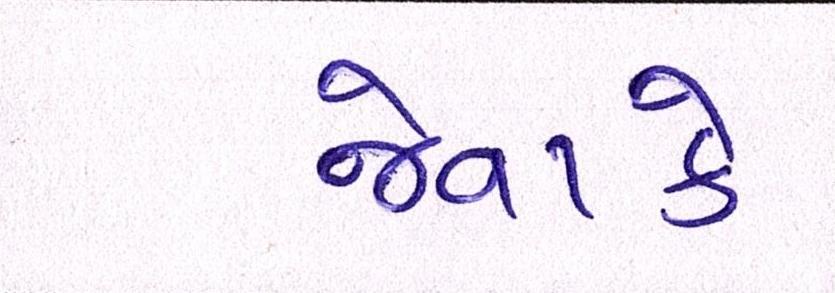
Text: જેવાકે